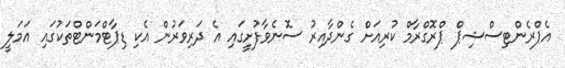
އެޕްރެންޓިސްޝިޕް ޕްރޮގްރާމް ކުރިއަށް ގެންދާއިރު ސޮނެވާފުށީގައި އެ ދަރިވަރުން އެކި ޑިޕާޓްމަންޓްތަކުގައި އަމަލީ